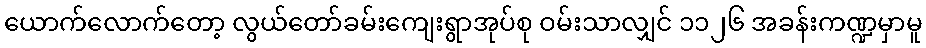
ယောက်လောက်တော့ လွယ်တော်ခမ်းကျေးရွာအုပ်စု ဝမ်းသာလျှင် ၁၁၂၆ အခန်းကဏ္ဍမှာမူ